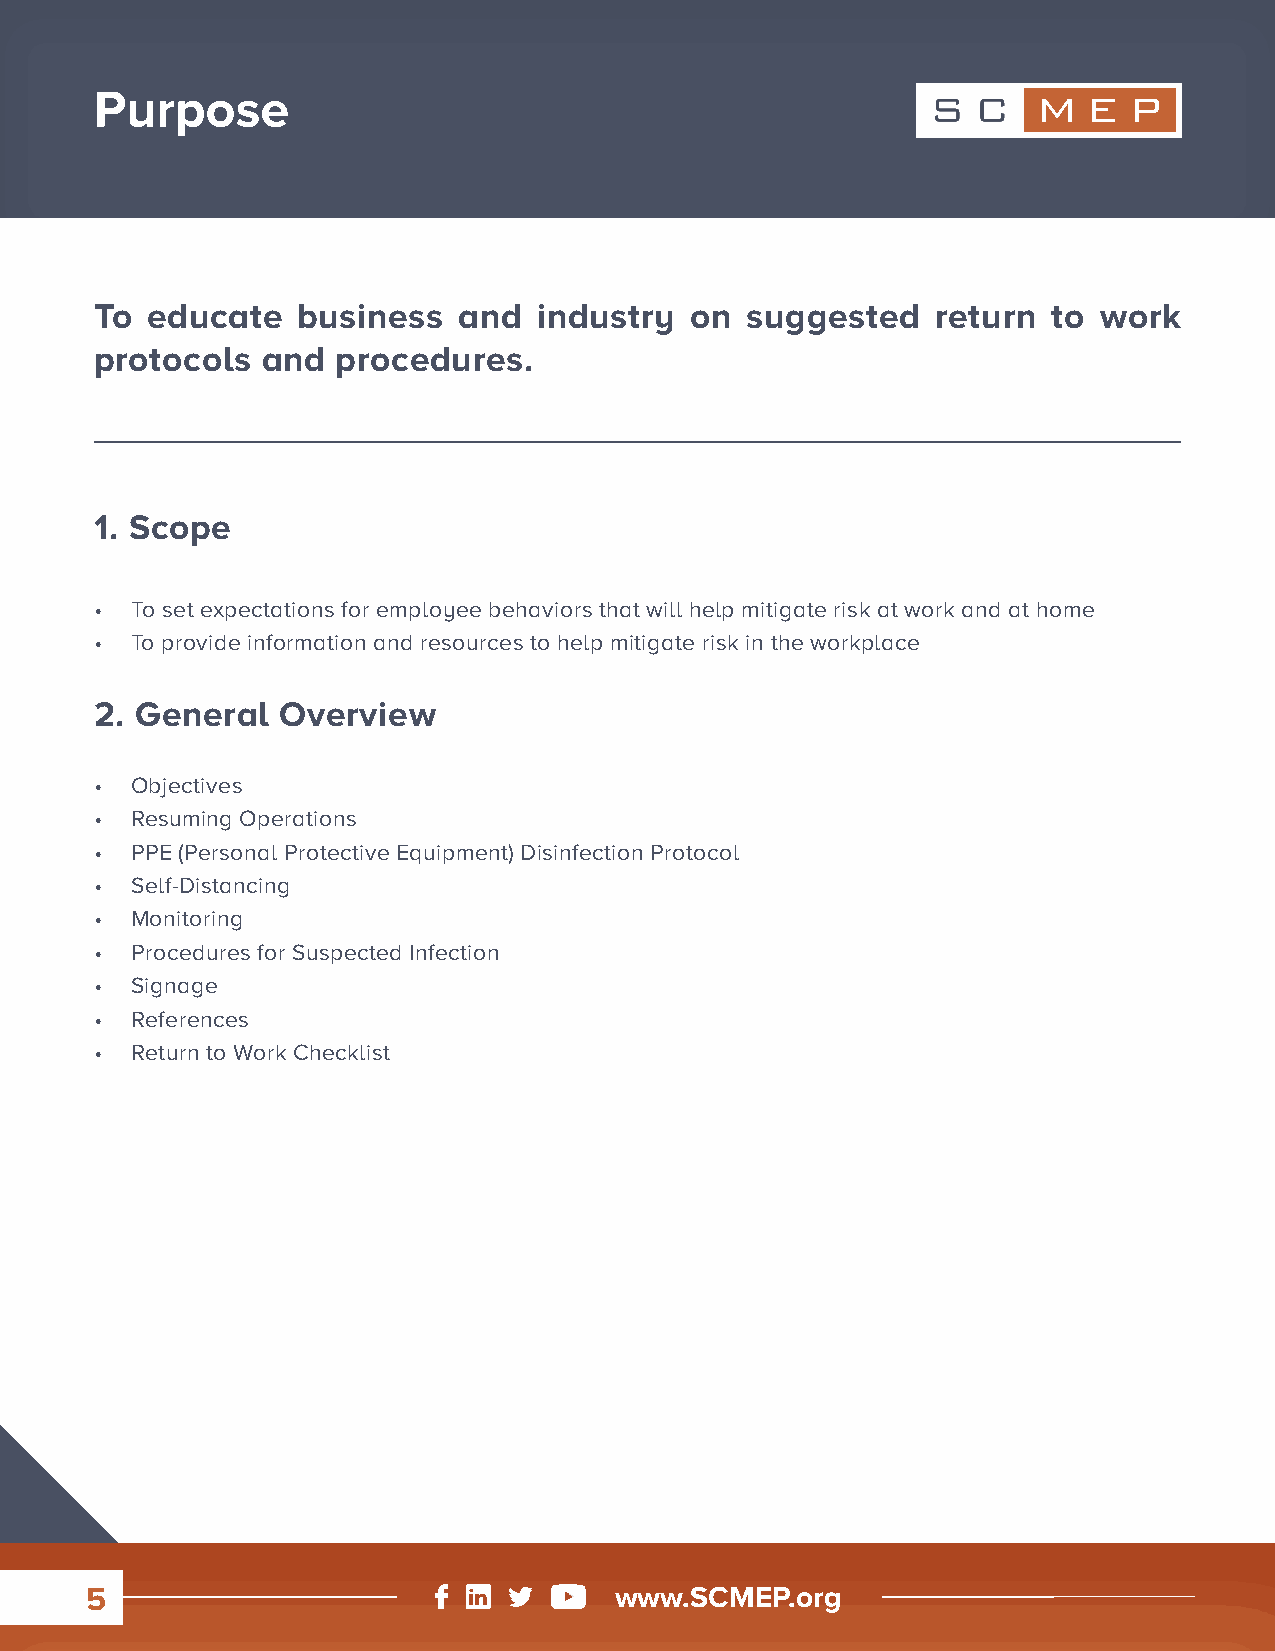
Purpose
 To  educate   business  and   industry  on suggested    return  to work
 protocols  and  procedures.
 1. Scope
 •  To set expectations for employee behaviors that will help mitigate risk at work and at home
 •  To provide information and resources to help mitigate risk in the workplace
 2. General  Overview
 •  Objectives
 •  Resuming Operations
 •  PPE (Personal Protective Equipment) Disinfection Protocol
 •  Self-Distancing
 •  Monitoring
 •  Procedures for Suspected Infection
 •  Signage
 •  References
 •  Return to Work Checklist
 5                                  www.SCMEP.org